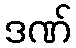
ဒဏ်